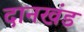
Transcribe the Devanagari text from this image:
दानखंड